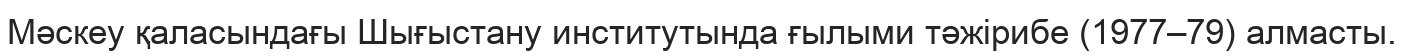
Мәскеу қаласындағы Шығыстану институтында ғылыми тәжірибе (1977–79) алмасты.